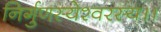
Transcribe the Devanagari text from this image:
निर्गुणस्येश्वरस्य।।